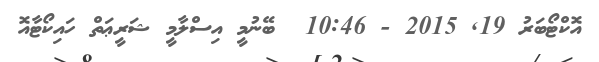
އޮކްޓޯބަރު 19